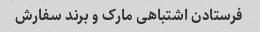
فرستادن اشتباهی مارک و برند سفارش